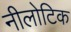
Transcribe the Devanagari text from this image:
नीलोटिक